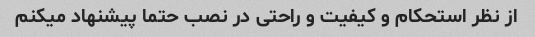
از نظر استحکام و کیفیت و راحتی در نصب حتما پیشنهاد میکنم